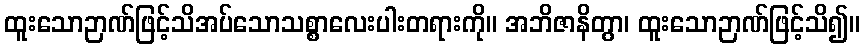
ထူးသောဉာဏ်ဖြင့်သိအပ်သောသစ္စာလေးပါးတရားကို။ အဘိဇာနိတွာ၊ ထူးသောဉာဏ်ဖြင့်သိ၍။